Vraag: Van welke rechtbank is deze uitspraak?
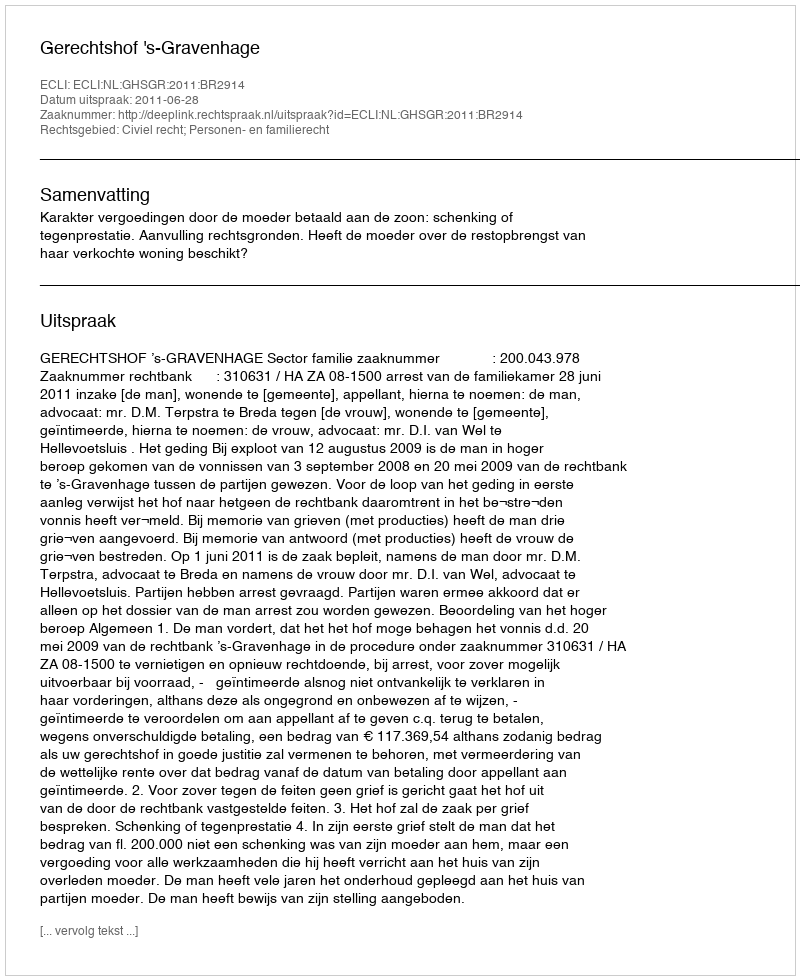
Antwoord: Gerechtshof 's-Gravenhage